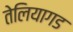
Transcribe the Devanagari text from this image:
तेलियागड